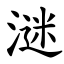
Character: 㴹